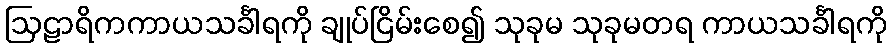
ဩဠာရိကကာယသင်္ခါရကို ချုပ်ငြိမ်းစေ၍ သုခုမ သုခုမတရ ကာယသင်္ခါရကို